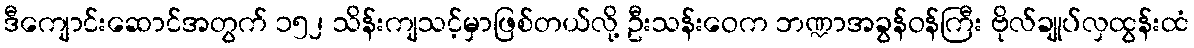
ဒီကျောင်းဆောင်အတွက် ၁၅၂ သိန်းကျသင့်မှာဖြစ်တယ်လို့ ဦးသန်းဝေက ဘဏ္ဍာအခွန်ဝန်ကြီး ဗိုလ်ချုပ်လှထွန်းထံ